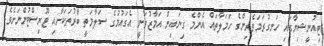
ޓިއުނީޝިޔާގައި ހަނގުރަމަވެރިންގެ ހަމަލާތައް އެންމެ ގިނައިން އަމާޒުވަނީ އެގައުމުގެ ސަލާމަތީ ބާރުތަކަށާއި ޓޫރިސްޓުންނަށެވެ.